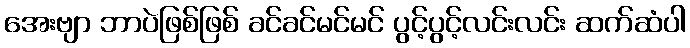
အေးဗျာ ဘာပဲဖြစ်ဖြစ် ခင်ခင်မင်မင် ပွင့်ပွင့်လင်းလင်း ဆက်ဆံပါ